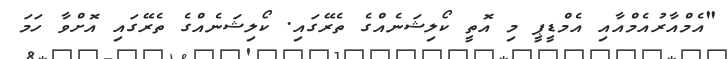
"އެމްއާރުއެމްއާއި އެމްޑީޕީ މި އޮތީ ކޯލިޝަނެއްގެ ތެރޭގައި. ކޯލިޝަނެއްގެ ތެރޭގައި އޮށްވާ ހަމަ